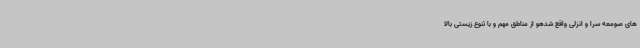
های صومعه سرا و انزلی واقع شدهو از مناطق مهم و با تنوع زیستی بالا